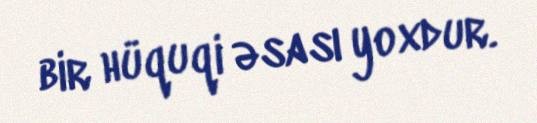
bir hüquqi əsası yoxdur.